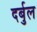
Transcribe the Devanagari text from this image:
दर्बुल